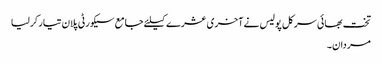
تخت بھائی سرکل پولیس نے آخری عشرے کیلئے جامع سیکورٹی پلان تیار کرلیا
مردان۔